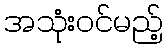
အသုံးဝင်မည့်